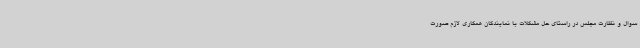
سوال و نظارت مجلس در راستای حل مشکلات با نمایندگان همکاری لازم صورت